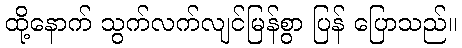
ထို့နောက် သွက်လက်လျင်မြန်စွာ ပြန် ပြောသည်။